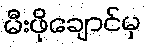
မီးဖိုချောင်မှ